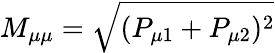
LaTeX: M_{\mu\mu}=\sqrt{(P_{\mu 1}+P_{\mu 2})^{2}}